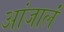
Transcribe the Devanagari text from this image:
आंजार्लं